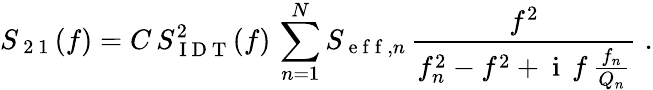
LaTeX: S_{\mathrm{~2~1~}}(f)=C\, S_{\mathrm{~I~D~T~}}^{2}(f)\, \sum_{n=1}^{N}S_{\mathrm{~e~f~f~},n}\, \frac{f^{2}}{f_{n}^{2}-f^{2}+\mathrm{~i~}\, f\, \frac{f_{n}}{Q_{n}}}\; .